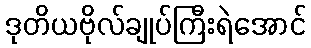
ဒုတိယဗိုလ်ချုပ်ကြီးရဲအောင်